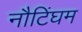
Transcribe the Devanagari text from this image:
नौटिंघम